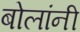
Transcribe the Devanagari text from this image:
बोलांनी